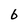
Character: 6